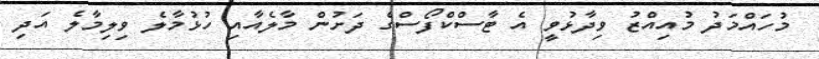
މުހައްމަދު މުއިއްޒު ވިދާޅުވީ އެ ޓާސްކްފޯސްގެ ދަށުން މާލެއާއި ހުޅުމާލެ ވިލިމާލެ އަދި